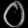
Digit: ၀